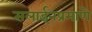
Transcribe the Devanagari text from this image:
सलाईनप्रमाणे